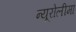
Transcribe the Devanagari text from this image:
न्यूरोलीमा